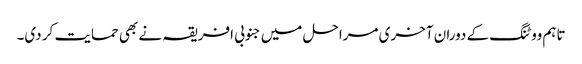
تاہم ووٹنگ کے دوران آخری مراحل میں جنوبی افریقہ نے بھی حمایت کر دی۔